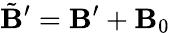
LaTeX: \tilde{\mathbf{B}}^{\prime}=\mathbf B^{\prime}+\mathbf B_{0}